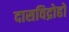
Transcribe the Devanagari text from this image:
दासविद्रोहों